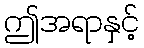
ဤအရာနှင့်